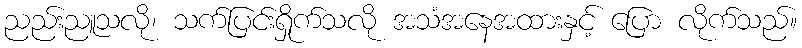
ညည်းညူသလို၊ သက်ပြင်းရှိုက်သလို အသံအနေအထားနှင့် ပြော လိုက်သည်။